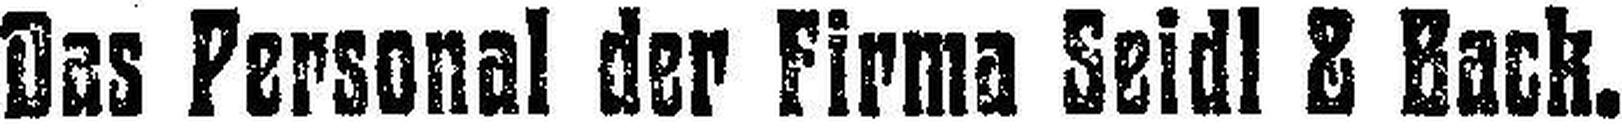
Das Personal der Firma Seidl & Back.